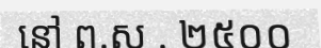
នៅ ព.ស . ២៥០០